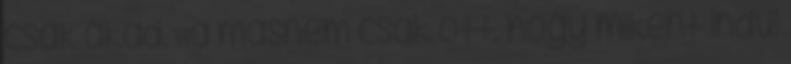
csak akad. Ha másnem csak ott, hogy miként indul